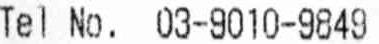
TEL NO. 03-9010-9849